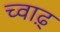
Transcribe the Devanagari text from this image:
च्वाड़्